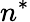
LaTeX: n^{\ast}